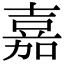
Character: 嘉